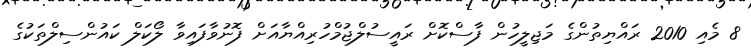
8 މެއި 2010 ރައްޔިތުންގެ މަޖިލީހުން ފާސްކޮށް ރައީސުލްޖުމްހުރިއްޔާއަށް ފޮނުވާފައިވާ ލޯކަލް ކައުންސިލްތަކުގެ